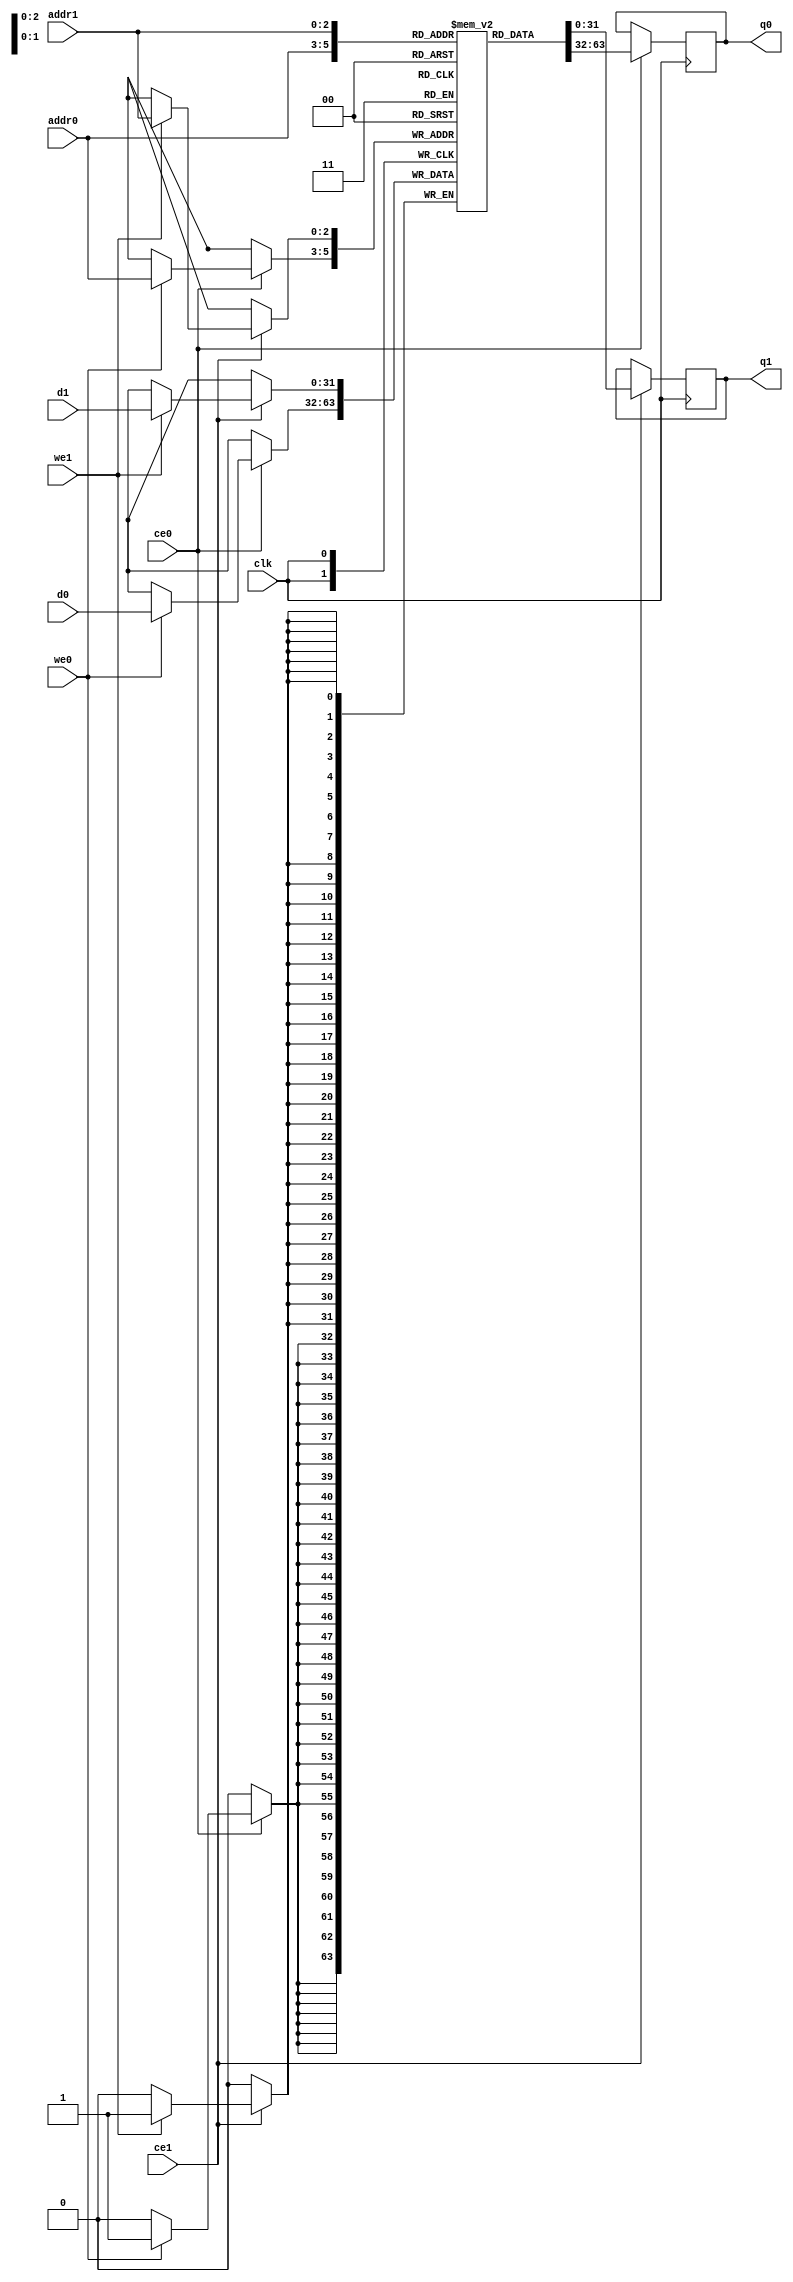
// ==============================================================
// Vivado(TM) HLS - High-Level Synthesis from C, C++ and SystemC v2019.2 (64-bit)
// Copyright 1986-2019 Xilinx, Inc. All Rights Reserved.
// ==============================================================
`timescale 1 ns / 1 ps
module dw_layer1_y_V_2_ram (addr0, ce0, d0, we0, q0, addr1, ce1, d1, we1, q1,  clk);

parameter DWIDTH = 32;
parameter AWIDTH = 3;
parameter MEM_SIZE = 8;

input[AWIDTH-1:0] addr0;
input ce0;
input[DWIDTH-1:0] d0;
input we0;
output reg[DWIDTH-1:0] q0;
input[AWIDTH-1:0] addr1;
input ce1;
input[DWIDTH-1:0] d1;
input we1;
output reg[DWIDTH-1:0] q1;
input clk;

(* ram_style = "block" *)reg [DWIDTH-1:0] ram[0:MEM_SIZE-1];




always @(posedge clk)  
begin 
    if (ce0) begin
        if (we0) 
            ram[addr0] <= d0; 
        q0 <= ram[addr0];
    end
end


always @(posedge clk)  
begin 
    if (ce1) begin
        if (we1) 
            ram[addr1] <= d1; 
        q1 <= ram[addr1];
    end
end


endmodule

`timescale 1 ns / 1 ps
module dw_layer1_y_V_2(
    reset,
    clk,
    address0,
    ce0,
    we0,
    d0,
    q0,
    address1,
    ce1,
    we1,
    d1,
    q1);

parameter DataWidth = 32'd32;
parameter AddressRange = 32'd8;
parameter AddressWidth = 32'd3;
input reset;
input clk;
input[AddressWidth - 1:0] address0;
input ce0;
input we0;
input[DataWidth - 1:0] d0;
output[DataWidth - 1:0] q0;
input[AddressWidth - 1:0] address1;
input ce1;
input we1;
input[DataWidth - 1:0] d1;
output[DataWidth - 1:0] q1;



dw_layer1_y_V_2_ram dw_layer1_y_V_2_ram_U(
    .clk( clk ),
    .addr0( address0 ),
    .ce0( ce0 ),
    .we0( we0 ),
    .d0( d0 ),
    .q0( q0 ),
    .addr1( address1 ),
    .ce1( ce1 ),
    .we1( we1 ),
    .d1( d1 ),
    .q1( q1 ));

endmodule